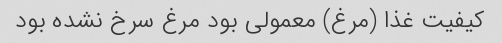
کیفیت غذا (مرغ) معمولی بود مرغ سرخ نشده بود